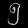
Digit: ၅